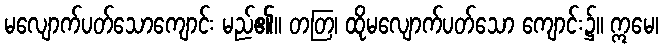
မလျောက်ပတ်သောကျောင်း မည်၏။ တတြ၊ ထိုမလျောက်ပတ်သော ကျောင်း၌။ ဣမေ၊